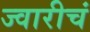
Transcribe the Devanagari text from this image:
ज्वारीचं